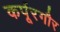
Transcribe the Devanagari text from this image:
कर्पूरगौर